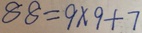
8 8 = 9 \times 9 + 7